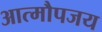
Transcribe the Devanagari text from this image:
आत्मौपजय